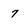
Character: 7